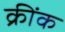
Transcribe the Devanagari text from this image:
क्रींक